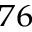
^ { 7 6 }